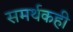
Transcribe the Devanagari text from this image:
समर्थकही